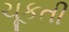
ચૂકતી